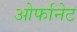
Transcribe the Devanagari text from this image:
ओर्फानेट